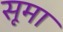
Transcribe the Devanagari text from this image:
सूमा